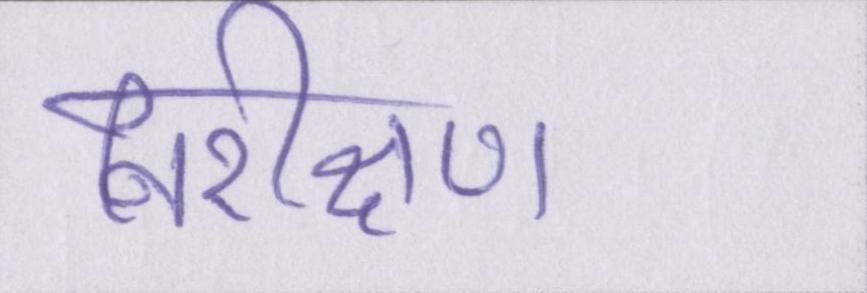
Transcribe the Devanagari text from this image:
निरीक्षण